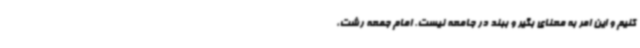
کنیم و این امر به معنای بگیر و ببند در جامعه نیست. امام جمعه رشت،